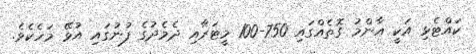
ކައްޓެޅި އަކީ އާންމު ގޮތެއްގައި 750-100 މީޓަރާއި ދެމެދުގެ ފުނުގައި އުޅޭ މަހެކެވެ.